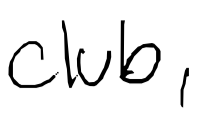
Text: club,
Cross-out: clean
Writing tool: digital_black